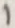
Text: 1